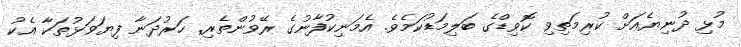
މުޅި ދުނިޔެއަށް ކުރިމަތިވި ކޮވިޑްގެ ބަލިމަޑުކަމެވެ. އެމަނިކުފާނުގެ ރޭވުންތެރި